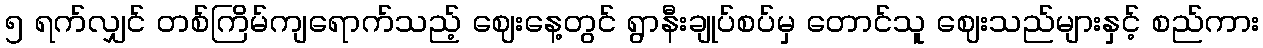
၅ ရက်လျှင် တစ်ကြိမ်ကျရောက်သည့် ဈေးနေ့တွင် ရွာနီးချုပ်စပ်မှ တောင်သူ ဈေးသည်များနှင့် စည်ကား